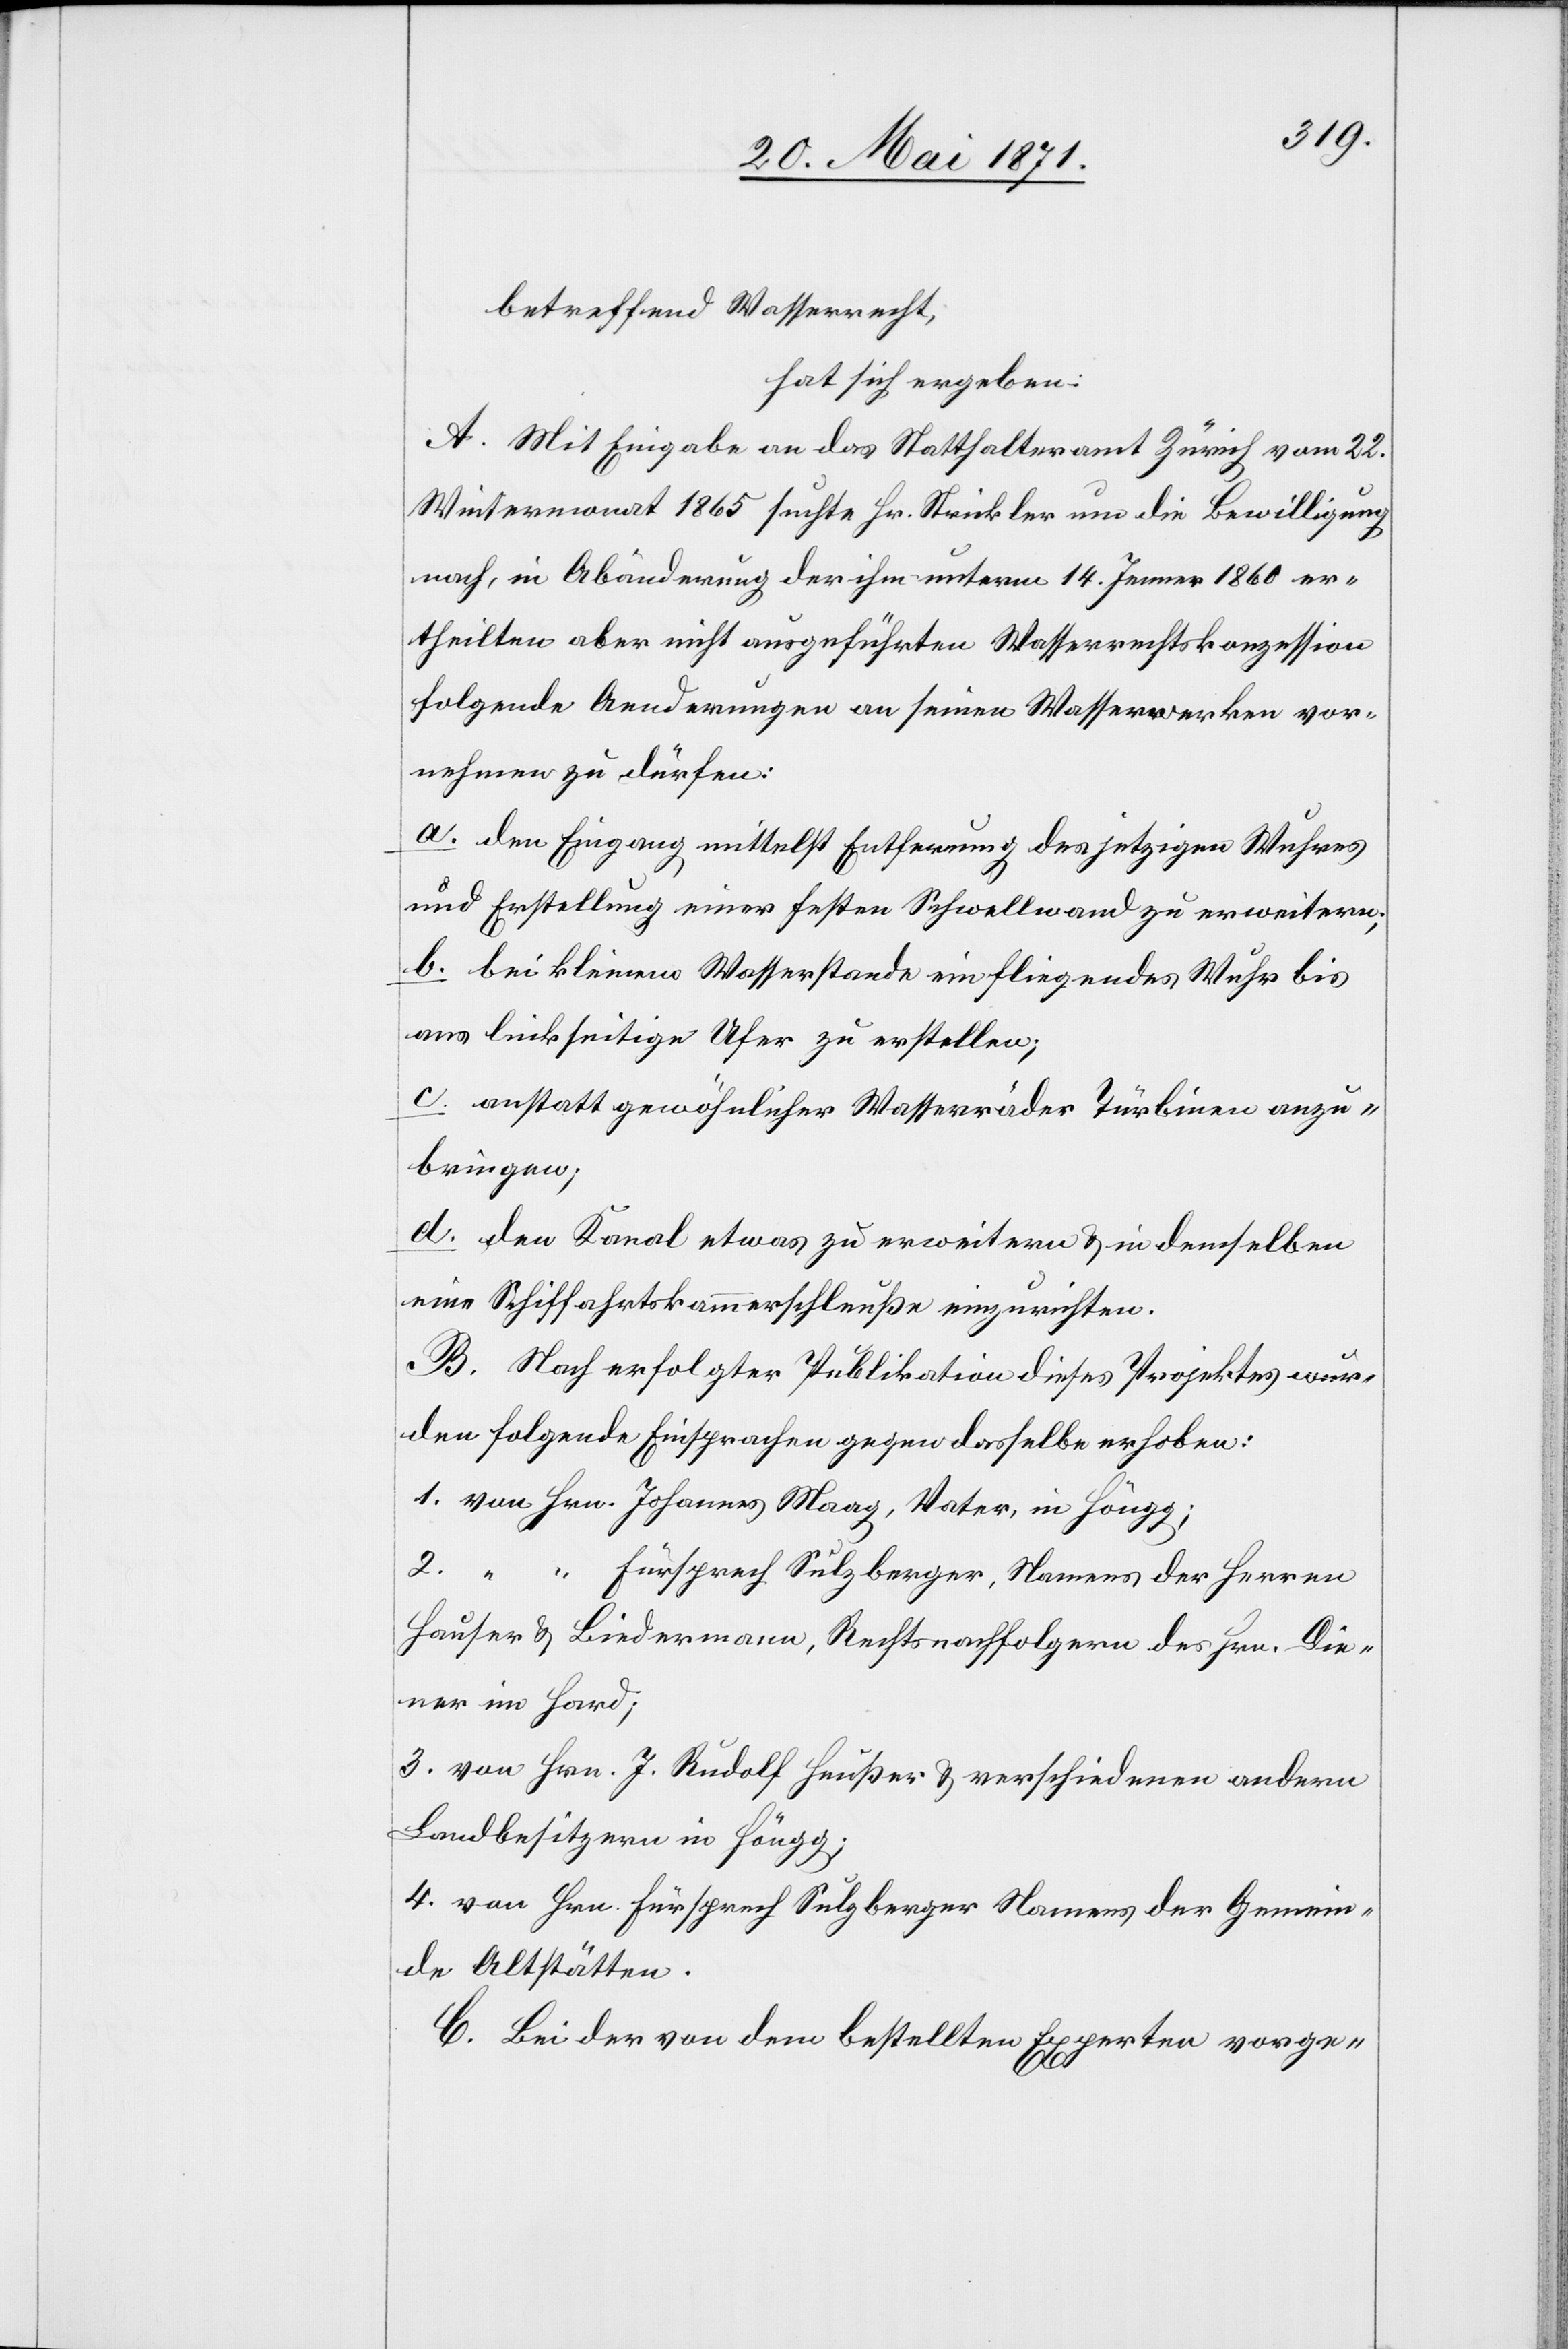
betreffend Wasserrecht,
hat sich ergeben:
A. Mit Eingabe an das Statthalteramt Zürich vom 22.
Wintermonat 1865 suchte Hr. Strickler um die Bewilligung
nach, in Abänderung der ihm unterm 14. Jenner 1860 er¬
theilten aber nicht ausgeführten Wasserrechtskonzession
folgende Aenderungen an seinen Wasserwerken vor¬
nehmen zu dürfen:
a. den Eingang mittelst Entfernung des jetzigen Wuhres
und Erstellung einer festen Schwellwand zu erweitern;
b. bei kleinem Wasserstande ein fliegendes Wuhr bis
ans linkseitige Ufer zu erstellen;
c. anstatt gewöhnlicher Wasserräder Turbinen anzu¬
bringen;
d. den Kanal etwas zu erweitern u. in demselben
eine Schiffahrtskammerschleuße einzurichten.
B. Nach erfolgter Publikation dieses Projektes wur¬
den folgende Einsprachen gegen dasselbe erhoben:
1. von Hrn. Johannes Maag, Vater, in Höngg;
2. “ “ Fürsprech Sulzberger, Namens der Herren
Hauser u. Biedermann, Rechtsnachfolgern des Hrn. Die¬
ner im Hard;
3. von Hrn. J. Rudolf Heußer u. verschiedenen andern
Landbesitzern in Höngg;
4. von Hrn. Fürsprech Sulzberger Namens der Gemein¬
de Altstätten
C. Bei der von dem bestellten Experten vorge-